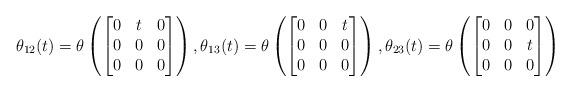
LaTeX: \begin{align*}\theta_{12}(t)=\theta\left(\begin{bmatrix}0 &t&0\\0&0&0\\0&0&0 \end{bmatrix} \right), \theta_{13}(t)=\theta\left(\begin{bmatrix}0 &0&t\\0&0&0\\0&0&0 \end{bmatrix} \right),\theta_{23}(t)=\theta\left(\begin{bmatrix}0 &0&0\\0&0&t\\0&0&0 \end{bmatrix} \right)\end{align*}